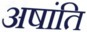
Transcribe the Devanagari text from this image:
अषांति